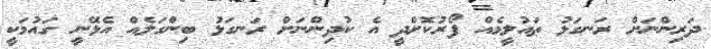
ދަރިންނަށް ރަނގަޅު ތައުލީމެއް ފޯރުކޮށްދީ އެ ކުދިންނަށް ރަނގަޅު ބިންގަލެއް އެޅޭނީ ގައުމަކީ